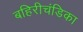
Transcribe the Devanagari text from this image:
बहिरीचंडिका